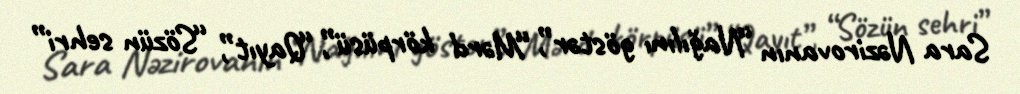
Sara Nəzirovanın “Nağılını göstər”, “Mərd körpüsü”, “Qayıt”, “Sözün sehri”